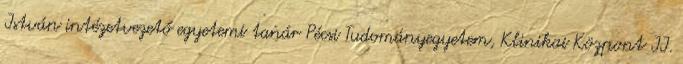
István intézetvezető egyetemi tanár Pécsi Tudományegyetem, Klinikai Központ II.